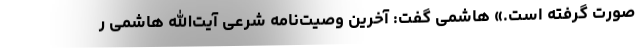
صورت گرفته است.» هاشمی گفت: آخرین وصیت‌نامه شرعی آیت‌الله هاشمی ر